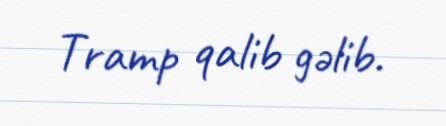
Tramp qalib gəlib.